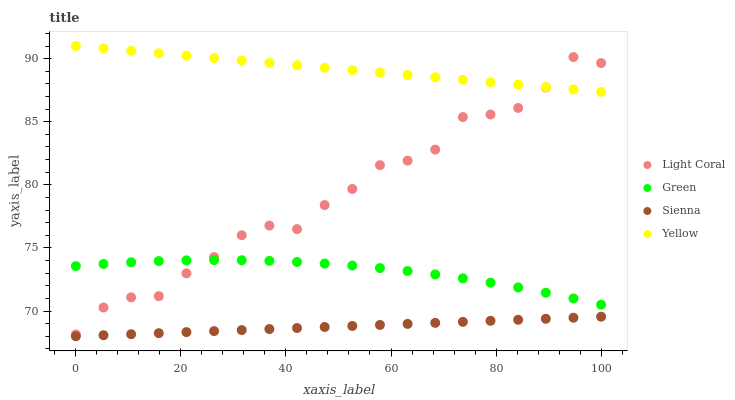
| xaxis_label | Light Coral | Green | Sienna | Yellow |
 | --- | --- | --- | --- | --- |
 | 0 | 68.1 | 73.6 | 68 | 91 |
 | 5.26 | 70.3 | 73.7 | 68.1 | 90.8 |
 | 10.5 | 71.1 | 73.9 | 68.2 | 90.6 |
 | 15.8 | 71.2 | 74 | 68.2 | 90.4 |
 | 21.1 | 73 | 74 | 68.3 | 90.2 |
 | 26.3 | 74.3 | 74 | 68.4 | 90 |
 | 31.6 | 76 | 74 | 68.5 | 89.9 |
 | 36.8 | 76.8 | 74 | 68.6 | 89.7 |
 | 42.1 | 76.5 | 73.9 | 68.7 | 89.5 |
 | 47.4 | 78.4 | 73.8 | 68.7 | 89.3 |
 | 52.6 | 79.7 | 73.6 | 68.8 | 89.1 |
 | 57.9 | 81.6 | 73.4 | 68.9 | 88.9 |
 | 63.2 | 81.9 | 73.2 | 69 | 88.7 |
 | 68.4 | 82.8 | 72.9 | 69.1 | 88.5 |
 | 73.7 | 85.4 | 72.6 | 69.1 | 88.3 |
 | 78.9 | 85.6 | 72.2 | 69.2 | 88.1 |
 | 84.2 | 86.1 | 71.9 | 69.3 | 87.9 |
 | 89.5 | 87.7 | 71.4 | 69.4 | 87.8 |
 | 94.7 | 90.1 | 71 | 69.5 | 87.6 |
 | 100 | 89.7 | 70.5 | 69.5 | 87.4 |